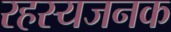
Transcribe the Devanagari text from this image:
रहस्यजनक